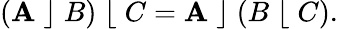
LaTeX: (\mathbf{A}\; \rfloor\; B)\; \lfloor\; C=\mathbf{A}\; \rfloor\; (B\; \lfloor\; C).